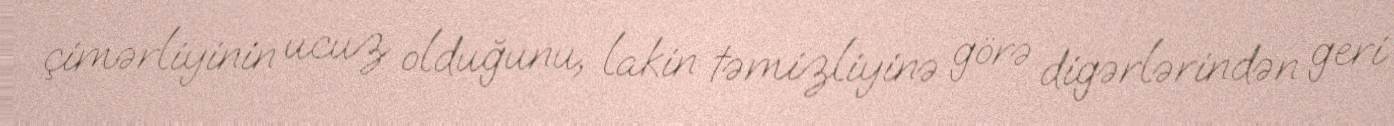
çimərliyinin ucuz olduğunu, lakin təmizliyinə görə digərlərindən geri